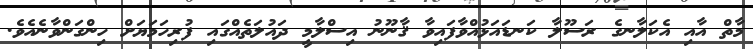
މާތް އާއި އެކަލާނގެ ރަސޫލާ ކަނޑައަޅުއްވާފައިވާ ޤާނޫނު އިސްލާމީ ދައުލަތެއްގައި ފުރިހަމަޔަށް ހިންގަންވާނެއެވެ.